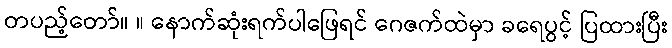
တပည့်တော်။ ။ နောက်ဆုံးရက်ပါဖြေရင် ဂေဇက်ထဲမှာ ခရေပွင့် ပြထားပြီး